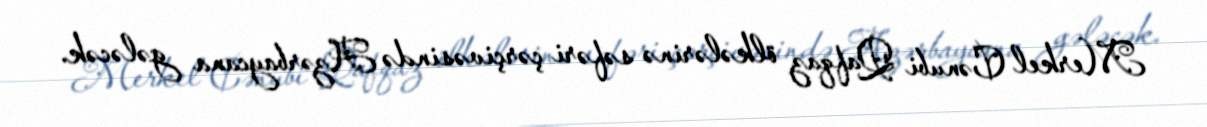
Merkel Cənubi Qafqaz ölkələrinə səfəri çərçivəsində Azərbaycana gələcək.